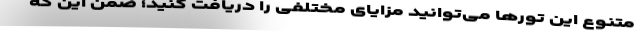
متنوع این تورها می‌توانید مزایای مختلفی را دریافت کنید؛ ضمن این که